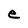
Character: e